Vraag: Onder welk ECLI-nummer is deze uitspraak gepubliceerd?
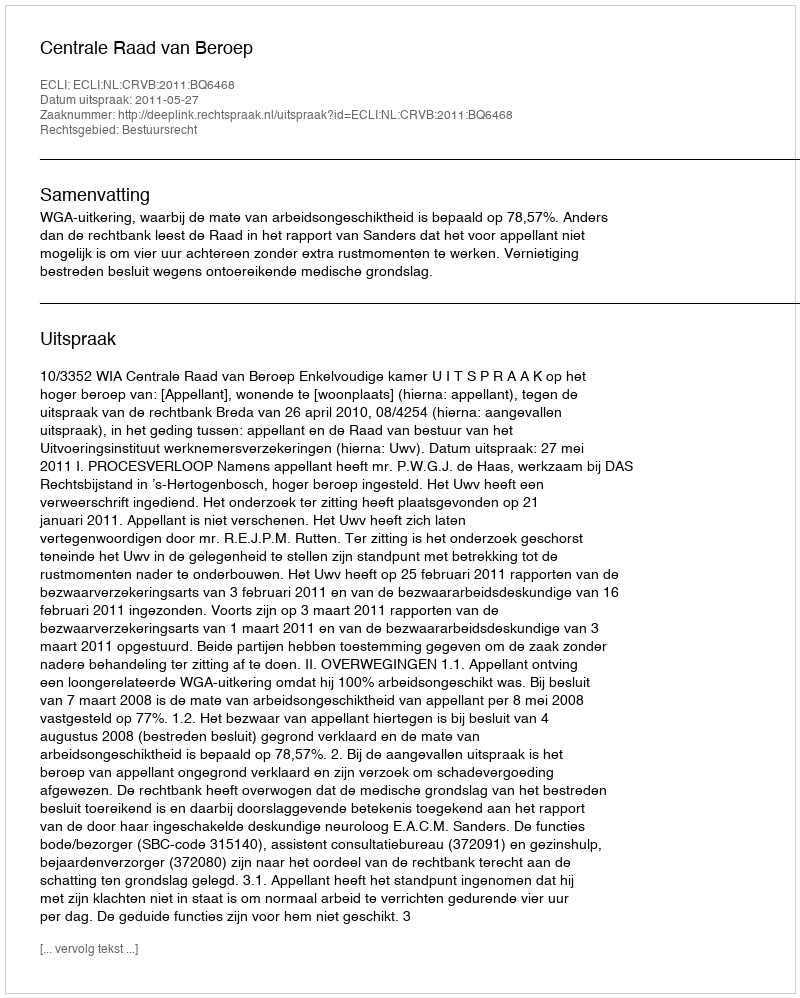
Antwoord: ECLI:NL:CRVB:2011:BQ6468